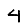
Digit: 4